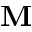
\mathbf { M }